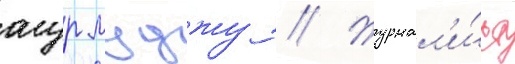
угур муджу // Журнал'и́ст